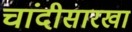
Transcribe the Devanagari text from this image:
चांदीसारखा